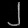
Digit: ၂